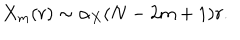
LaTeX: X _ { m } ( r ) \sim \alpha _ { X } ( N - 2 m + 1 ) r .